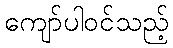
ကျော်ပါဝင်သည့်